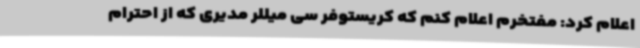
اعلام کرد: مفتخرم اعلام کنم که کریستوفر سی میللر مدیری که از احترام